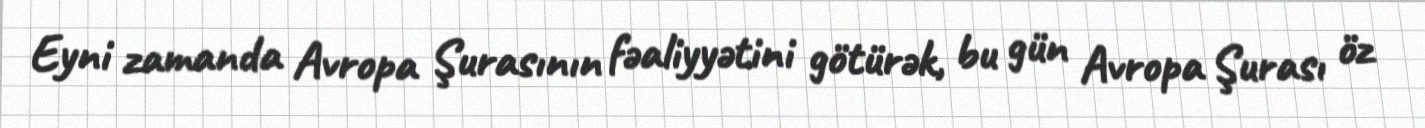
Eyni zamanda Avropa Şurasının fəaliyyətini götürək, bu gün Avropa Şurası öz